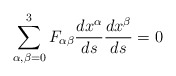
\begin{align*}\sum_{\alpha, \beta = 0}^{3} F_{\alpha \beta } \frac{dx^{\alpha }}{ds}\frac{dx^{\beta }}{ds} = 0\end{align*}